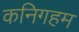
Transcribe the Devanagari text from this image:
कनिगहम